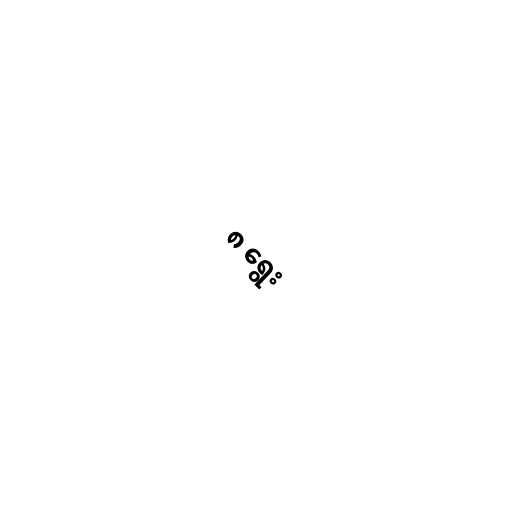
၈ ရွေး